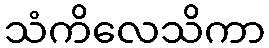
သံကိလေသိကာ